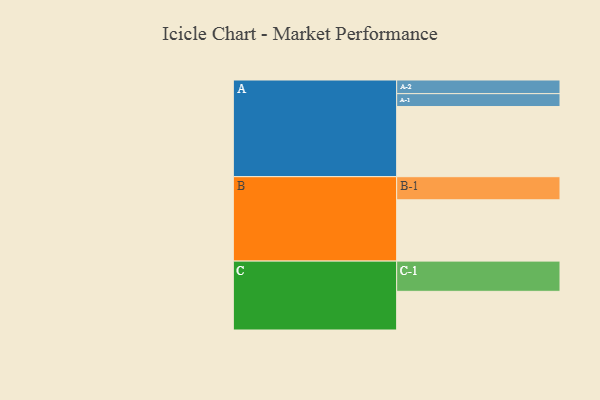
{"axis": {"x": "Segment", "y": "Value"}, "legend": ["", "A", "B", "C"], "data": [{"x": "A", "y": 555, "type": ""}, {"x": "B", "y": 485, "type": ""}, {"x": "C", "y": 306, "type": ""}, {"x": "A-1", "y": 102, "type": "A"}, {"x": "A-2", "y": 108, "type": "A"}, {"x": "B-1", "y": 183, "type": "B"}, {"x": "C-1", "y": 239, "type": "C"}]}